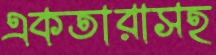
একতারাসহ